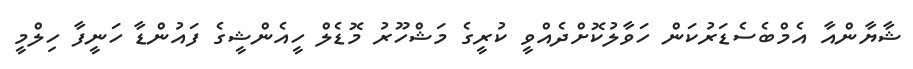
ޝާޔާންއާ އެމްބެސެޑަރުކަން ހަވާލުކޮށްދެއްވީ ކުރީގެ މަޝްހޫރު މޮޑެލް ހީއެންޝީގެ ފައުންޑާ ހަނީފާ ހިލްމީ